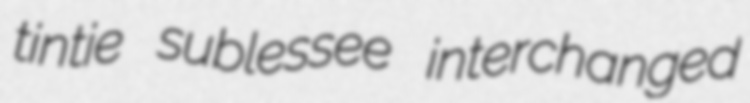
tintie sublessee interchanged